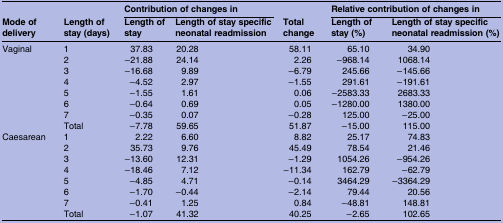
| <ROWSPAN=2> Mode of delivery | <ROWSPAN=2> Length of stay (days) | <COLSPAN=2> Contribution of changes in | <ROWSPAN=2> Total change | <COLSPAN=2> Relative contribution of changes in |
 | Length of stay | Length of stay specific neonatal readmission | Length of stay (%) | Length of stay specific neonatal readmission (%) |
 | --- | --- | --- | --- | --- | --- | --- |
 | <ROWSPAN=8> Vaginal | 1 | 37.83 | 20.28 | 58.11 | 65.10 | 34.90 |
 | 2 | −21.88 | 24.14 | 2.26 | −968.14 | 1068.14 |
 | 3 | −16.68 | 9.89 | −6.79 | 245.66 | −145.66 |
 | 4 | −4.52 | 2.97 | −1.55 | 291.61 | −191.61 |
 | 5 | −1.55 | 1.61 | 0.06 | −2583.33 | 2683.33 |
 | 6 | −0.64 | 0.69 | 0.05 | −1280.00 | 1380.00 |
 | 7 | −0.35 | 0.07 | −0.28 | 125.00 | −25.00 |
 | Total | −7.78 | 59.65 | 51.87 | −15.00 | 115.00 |
 | <ROWSPAN=8> Caesarean | 1 | 2.22 | 6.60 | 8.82 | 25.17 | 74.83 |
 | 2 | 35.73 | 9.76 | 45.49 | 78.54 | 21.46 |
 | 3 | −13.60 | 12.31 | −1.29 | 1054.26 | −954.26 |
 | 4 | −18.46 | 7.12 | −11.34 | 162.79 | −62.79 |
 | 5 | −4.85 | 4.71 | −0.14 | 3464.29 | −3364.29 |
 | 6 | −1.70 | −0.44 | −2.14 | 79.44 | 20.56 |
 | 7 | −0.41 | 1.25 | 0.84 | −48.81 | 148.81 |
 | Total | −1.07 | 41.32 | 40.25 | −2.65 | 102.65 |